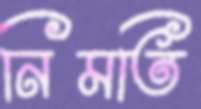
নিমতি